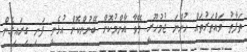
ތަފާތު ވައްތަރުތައް ހުންނަ ޖުމުހޫރީ މޭވާ އާންމުކޮށް ބޭނުންކޮށް އުޅެނީ ފަނި ގިރައިގެން